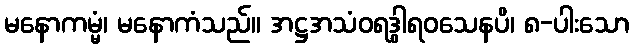
မနောကမ္မံ၊ မနောကံသည်။ အဋ္ဌအသံဝရဒွါရဝသေနပိ၊ ၈-ပါးသော